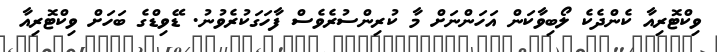
ވިކްޓޮރިއާ ކެންދެެކެ ލޯބިވާކަން އަހަންނަށް މާ ކުރިންސުރެވެސް ފާހަގަކުރެވުނު. ޑޭވިޑްގެ ބަހަށް ވިކްޓޮރިއާ